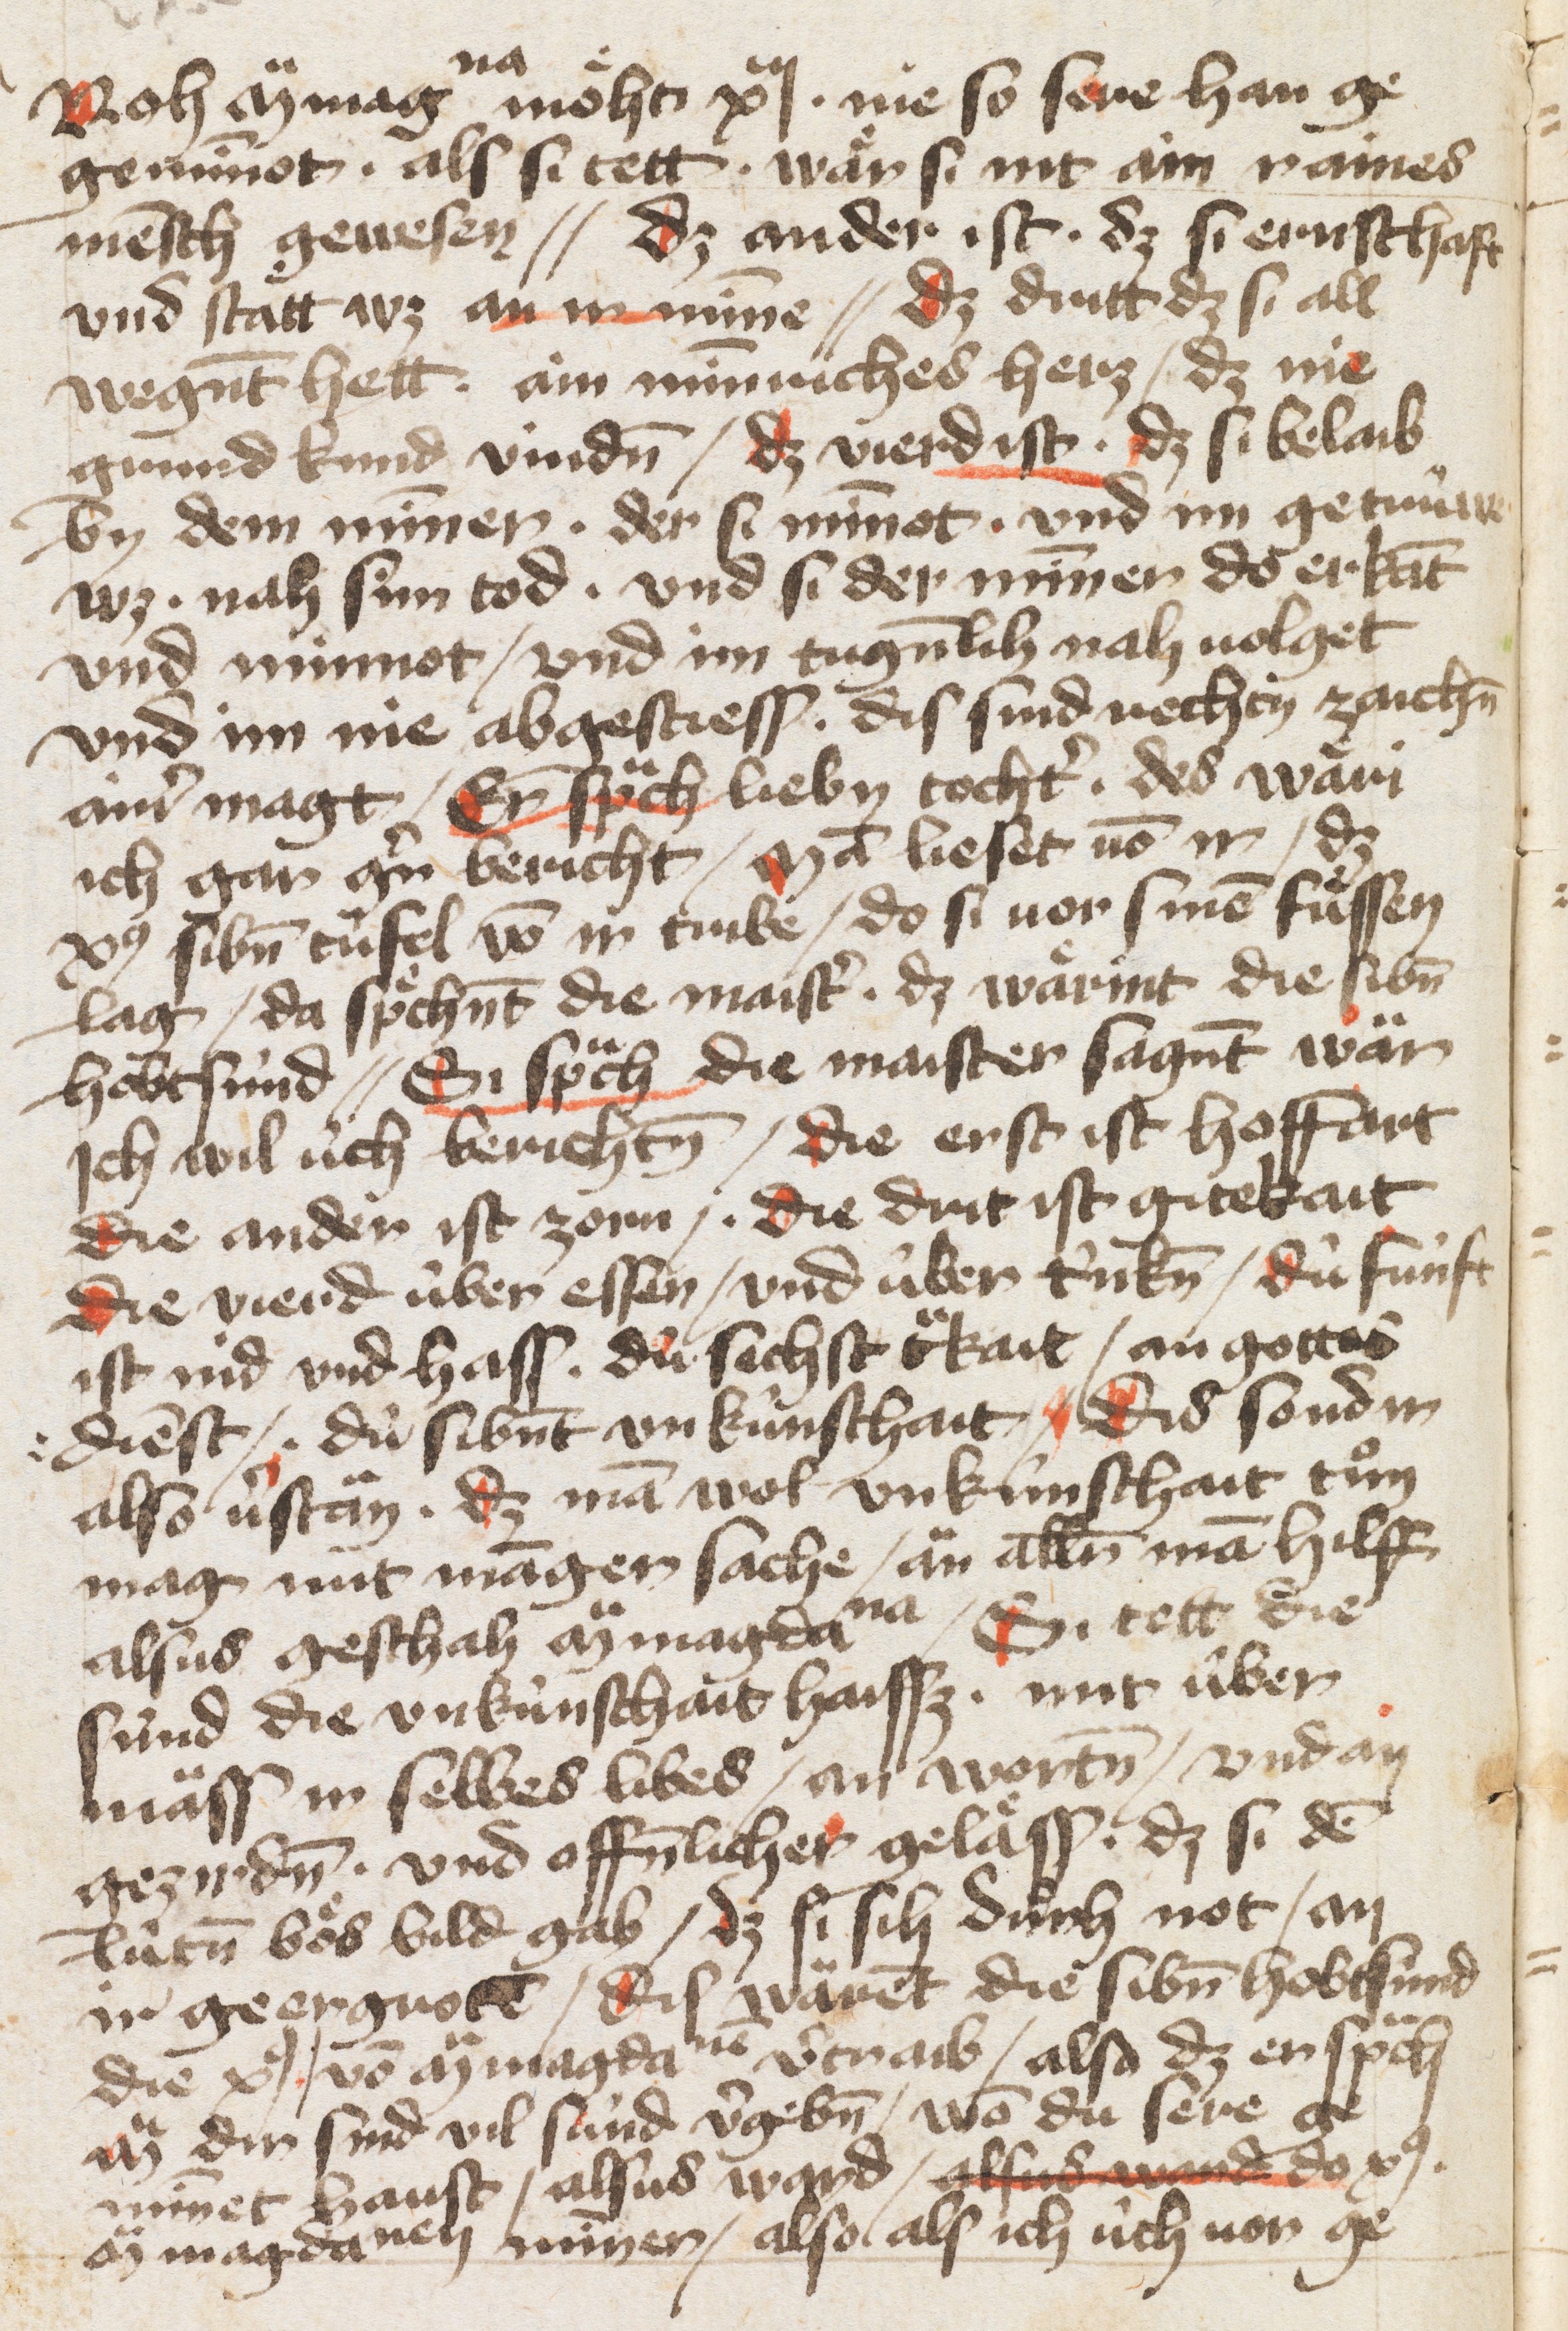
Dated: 1400–1499